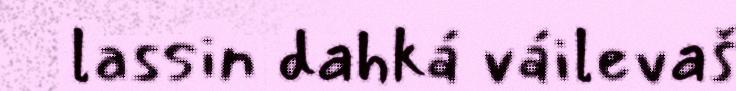
lassin dahká váilevaš